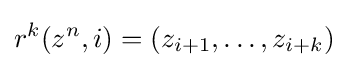
r^{k}(z^{n},i)=\left(z_{i+1},\ldots ,z_{i+k}\right)